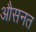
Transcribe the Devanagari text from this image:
औसनत